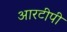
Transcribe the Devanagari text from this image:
आरटीपी